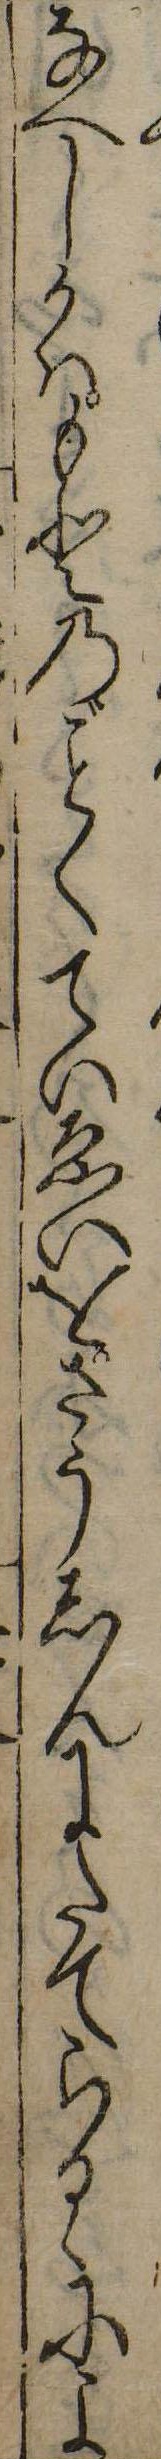
なへしかはもとのくていゑいをさうしんにたてらるゝによ